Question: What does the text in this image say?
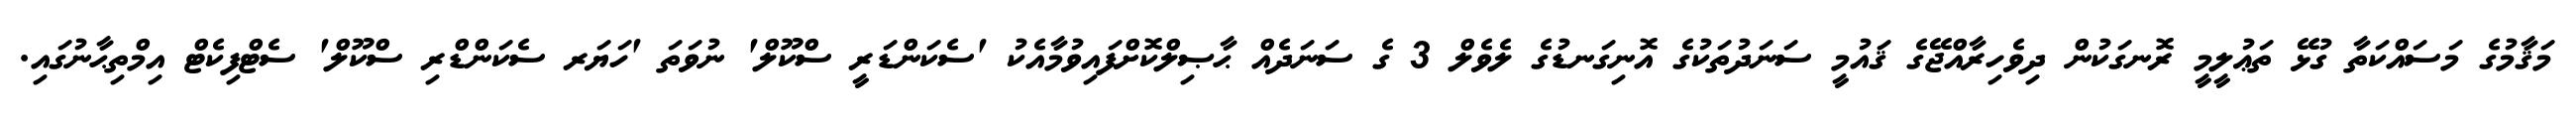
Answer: މަޤާމުގެ މަސައްކަތާ ގުޅޭ ތަޢުލީމީ ރޮނގަކުން ދިވެހިރާއްޖޭގެ ޤައުމީ ސަނަދުތަކުގެ އޮނިގަނޑުގެ ލެވެލް 3 ގެ ސަނަދެއް ޙާޞިލްކޮށްފައިވުމާއެކު 'ސެކަންޑަރީ ސްކޫލް' ނުވަތަ 'ހަޔަރ ސެކަންޑްރި ސްކޫލް' ސެޓްފިކެޓް އިމްތިޙާނުގައި.